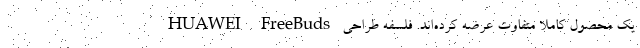
یک محصول کاملاً متفاوت عرضه کرده‌اند. فلسفه طراحی HUAWEI FreeBuds